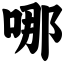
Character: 哪